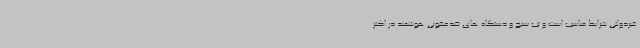
غیردولتی شرایط مناسب است و تب سنج و دستگاه های ضدعفونی هوشمند در اکثر